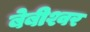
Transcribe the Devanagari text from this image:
बेबीश्वर